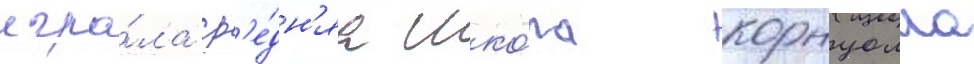
игра́ла ср'е́дн'яа шко́ла корнуолла